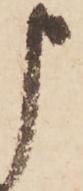
申